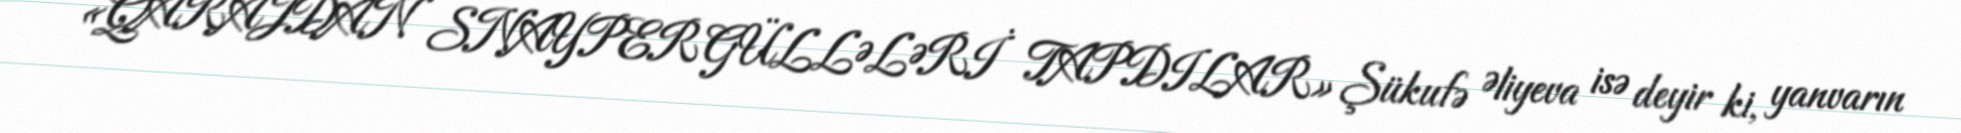
«QARAJDAN SNAYPER GÜLLƏLƏRİ TAPDILAR» Şükufə Əliyeva isə deyir ki, yanvarın